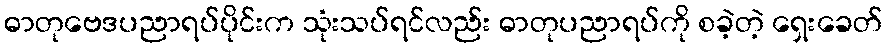
ဓာတုဗေဒပညာရပ်ပိုင်းက သုံးသပ်ရင်လည်း ဓာတုပညာရပ်ကို စခဲ့တဲ့ ရှေးခေတ်